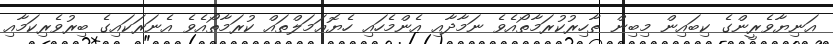
އަނިޔާވެރީންގެ ކިބައިން މިބިން ޠާހިރުކުރަމާތޯއެވެ ނަމާދާއި އެންމެހައި ހެޔޮޢަމަލްތައް ކުރަމާތޯއެވެ އެނަރަކައިގެ ބިރުވެރިކަމާއި